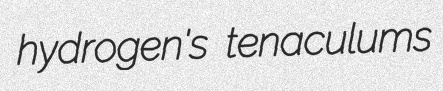
hydrogen's tenaculums